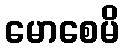
မောစေမိ